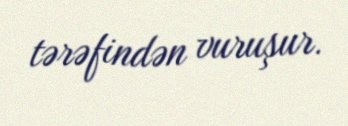
tərəfindən vuruşur.